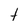
Character: t